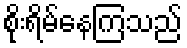
စိုးရိမ်နေကြသည်